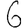
Digit: 6